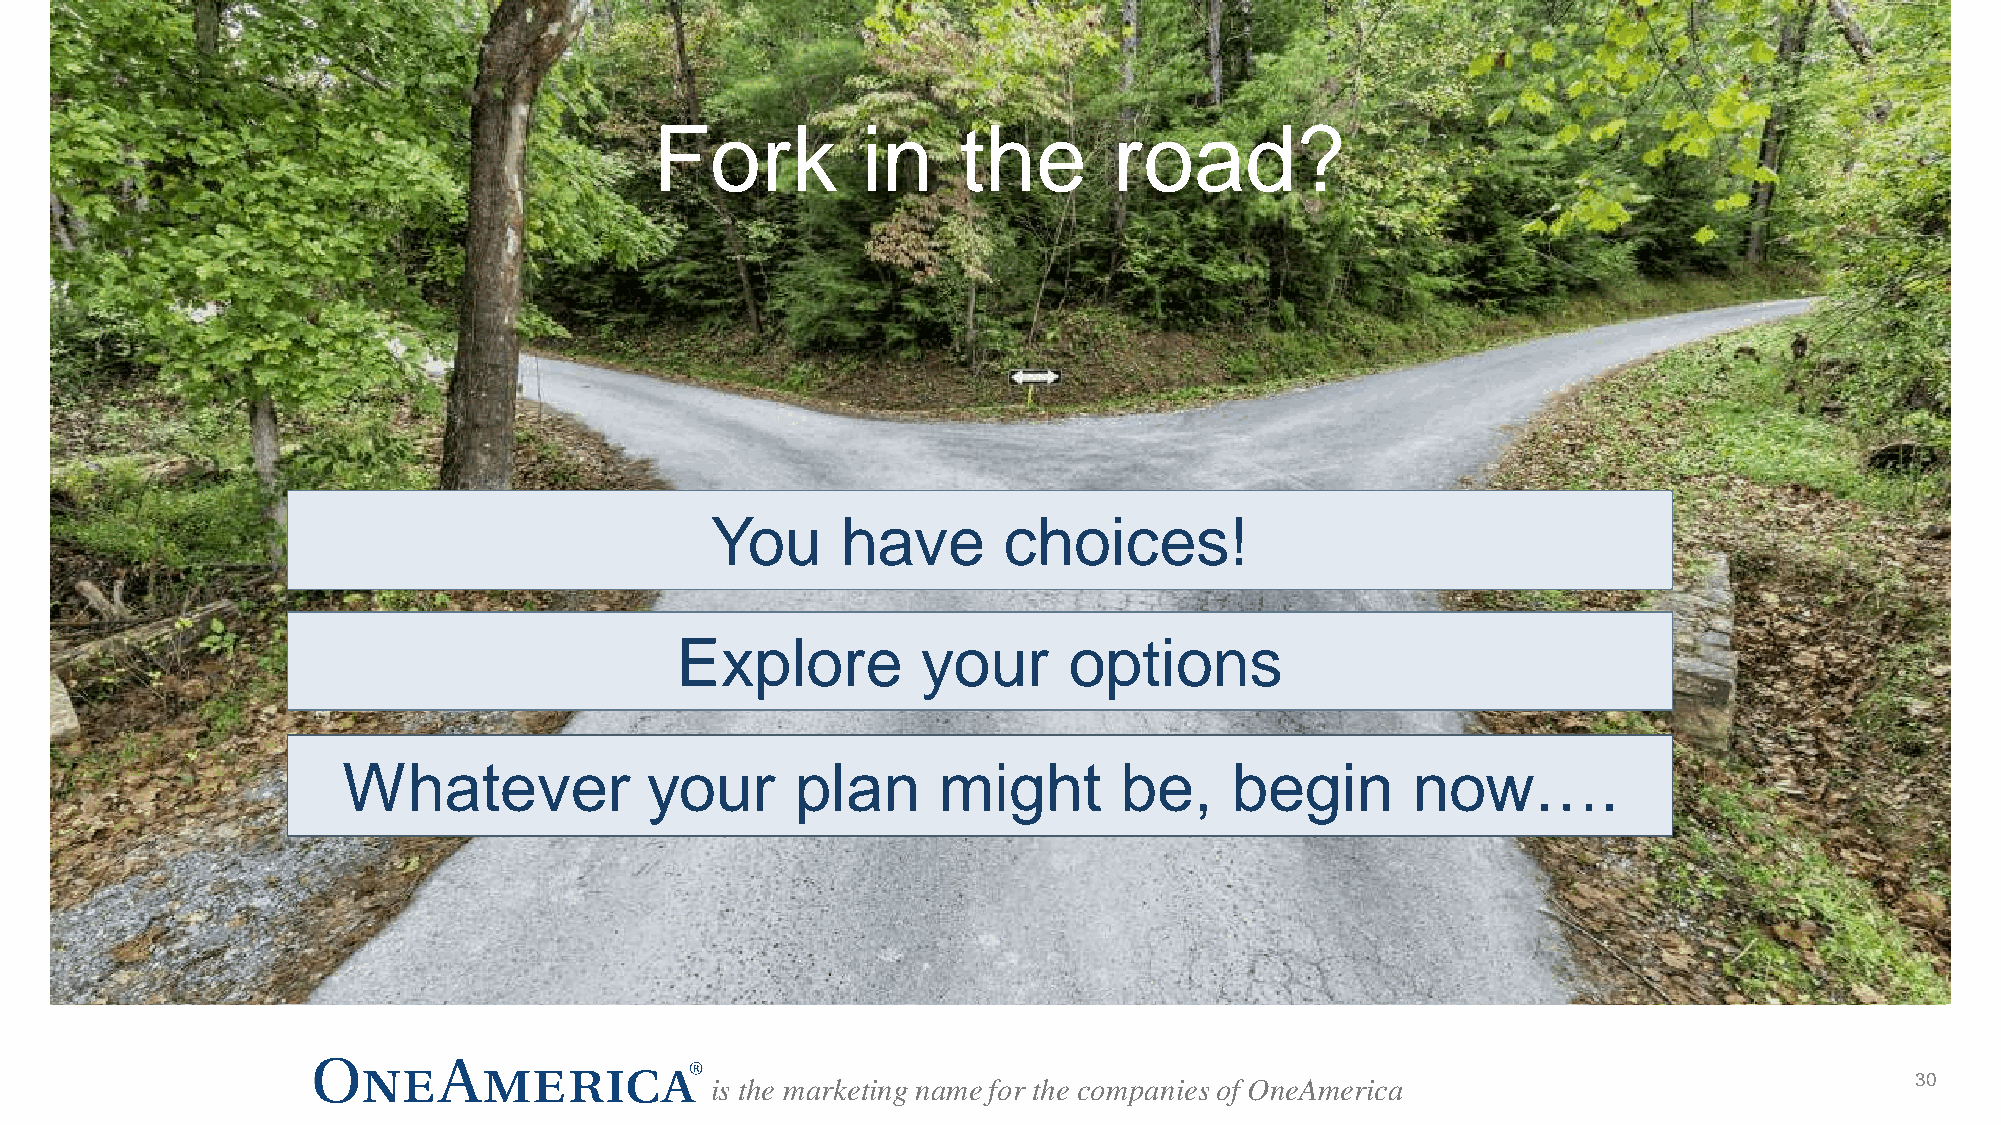
Fork          in     the       road?
 You      have      choices!
 Explore         your      options
 Whatever            your      plan     might       be,    begin       now….
 is the marketing name for the companies of OneAmerica                           3300